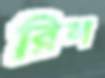
রিল